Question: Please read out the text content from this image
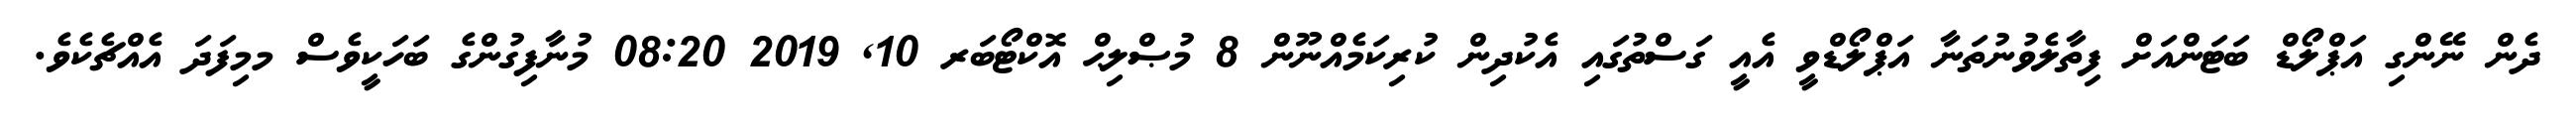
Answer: ދެން ނޭންގި އަޕްލޯޑް ބަޓަންއަށް ފިތާލެވުނުތަނާ އަޕްލޯޑްވީ އެއީ ގަސްތުގައި އެކުދިން ކުރިކަމެއްނޫން 8 މުޞްލިޙް އޮކްޓޯބަރ 10, 2019 08:20 މުނާފިގުންގެ ބަހަކީވެސް މމިފަދަ އެއްޗެކެވެ.